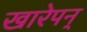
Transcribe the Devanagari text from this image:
खारेपन्